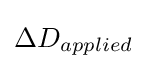
\Delta D_{applied}